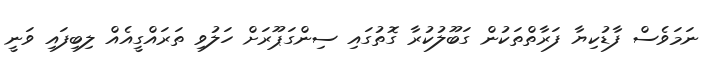
ނަމަވެސް ފާޑުކިޔާ ފަރާތްތަކުން ގަބޫލުކުރާ ގޮތުގައި ސިންގަޕޫރަށް ހަލުވި ތަރައްގީއެއް ލިބިފައި ވަނީ